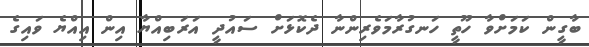
ބާގީން ކަމަށްވާ ހޫތީ ހަނގުރާމަވެރިންނާ ދެކޮޅަށް ސައުދީ އަރަބިއްޔާ އިން އިއްޔެ ވައިގެ